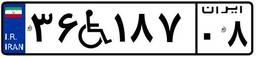
۳۶W۱۸۷۰۸